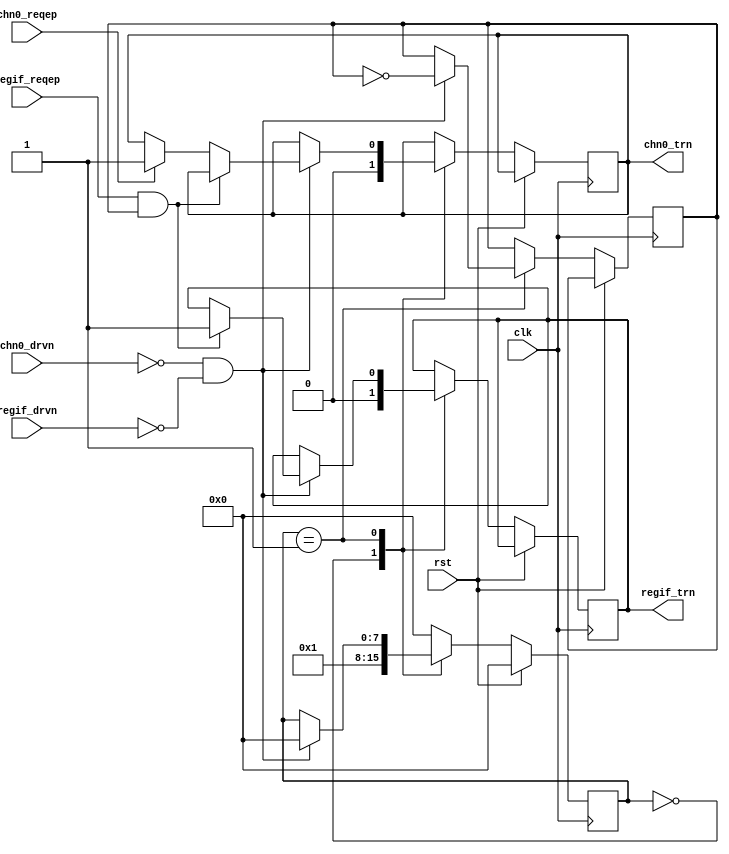
/*******************************************************************************
*
*  NetFPGA-10G http://www.netfpga.org
*
*  File:
*        chn_arb.v
*
*  Project:
*
*
*  Author:
*        Marco Forconesi
*
*  Description:
*        arbitrates access to PCIe endpoint between channels.
*
*
*    This code is initially developed for the Network-as-a-Service (NaaS) project.
*
*  Copyright notice:
*        Copyright (C) 2014 University of Cambridge
*
*  Licence:
*        This file is part of the NetFPGA 10G development base package.
*
*        This file is free code: you can redistribute it and/or modify it under
*        the terms of the GNU Lesser General Public License version 2.1 as
*        published by the Free Software Foundation.
*
*        This package is distributed in the hope that it will be useful, but
*        WITHOUT ANY WARRANTY; without even the implied warranty of
*        MERCHANTABILITY or FITNESS FOR A PARTICULAR PURPOSE.  See the GNU
*        Lesser General Public License for more details.
*
*        You should have received a copy of the GNU Lesser General Public
*        License along with the NetFPGA source package.  If not, see
*        http://www.gnu.org/licenses/.
*
*/

//////////////////////////////////////////////////////////////////////////////////////////////
//////////////////////////////////////////////////////////////////////////////////////////////
`timescale 1ns / 1ps
//`default_nettype none

module chn_arb (

    input                    clk,
    input                    rst,

    // CHN0 trn
    output reg               chn0_trn,
    input                    chn0_drvn,
    input                    chn0_reqep,

    // REGIF trn
    output reg               regif_trn,
    input                    regif_drvn,
    input                    regif_reqep
    );

    // localparam
    localparam s0 = 8'b00000000;
    localparam s1 = 8'b00000001;
    localparam s2 = 8'b00000010;
    localparam s3 = 8'b00000100;
    localparam s4 = 8'b00001000;
    localparam s5 = 8'b00010000;
    localparam s6 = 8'b00100000;
    localparam s7 = 8'b01000000;
    localparam s8 = 8'b10000000;

    //-------------------------------------------------------
    // Local chn_arb
    //-------------------------------------------------------   
    reg          [7:0]       chn_arb_fsm;
    reg                      turn_bit;

    ////////////////////////////////////////////////
    // chn_arb
    ////////////////////////////////////////////////
    always @(posedge clk) begin

        if (rst) begin  // rst
            chn_arb_fsm <= s0;
        end
        
        else begin  // not rst

            case (chn_arb_fsm)

                s0 : begin
                    chn0_trn <= 1'b0;
                    regif_trn <= 1'b0;
                    chn_arb_fsm <= s1;
                end

                s1 : begin
                    if (!chn0_drvn && !regif_drvn) begin
                        if (regif_reqep && turn_bit) begin
                            regif_trn <= 1'b1;
                        end
                        else if (chn0_reqep) begin
                            chn0_trn <= 1'b1;
                        end
                        turn_bit <= ~turn_bit;
                        chn_arb_fsm <= s0;
                    end
                end

                default : begin 
                    chn_arb_fsm <= s0;
                end

            endcase
        end     // not rst
    end  //always

endmodule // chn_arb

//////////////////////////////////////////////////////////////////////////////////////////////
//////////////////////////////////////////////////////////////////////////////////////////////